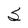
Character: S